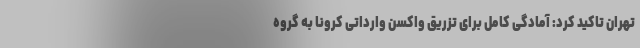
تهران تاکید کرد: آمادگی کامل برای تزریق واکسن وارداتی کرونا به گروه